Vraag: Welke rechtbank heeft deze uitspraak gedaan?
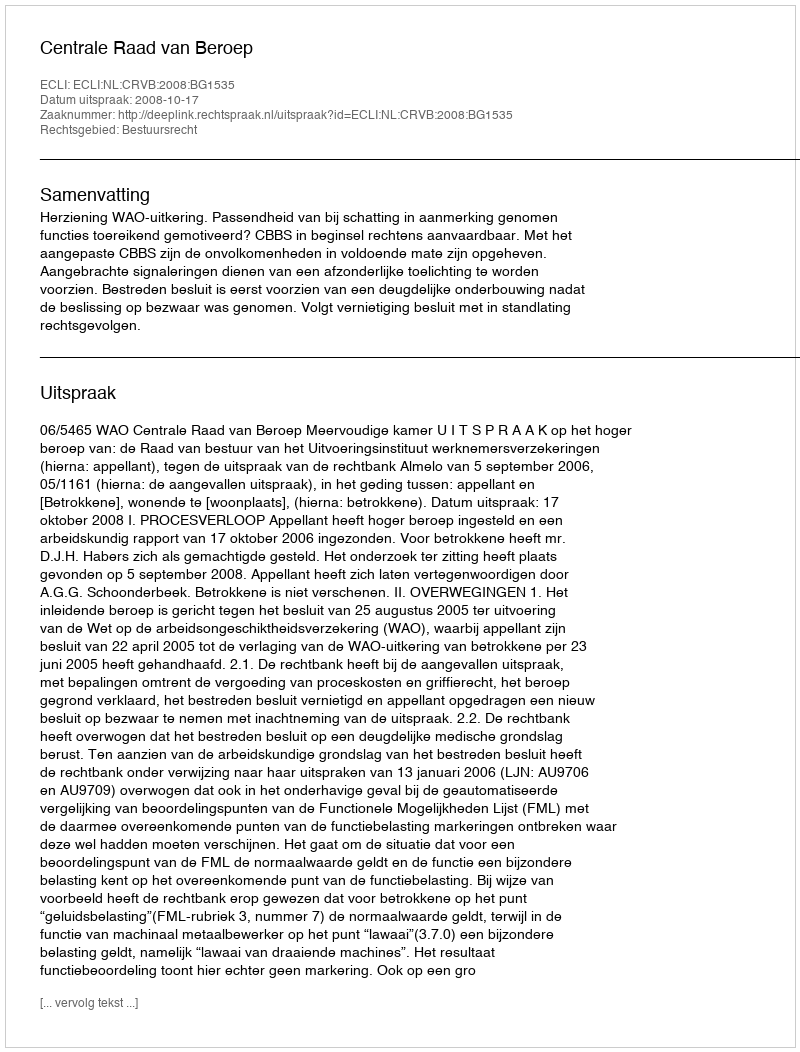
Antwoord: Centrale Raad van Beroep